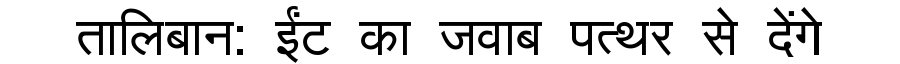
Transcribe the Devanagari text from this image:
तालिबान: ईंट का जवाब पत्थर से देंगे